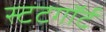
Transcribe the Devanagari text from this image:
स्टटगॉर्ट